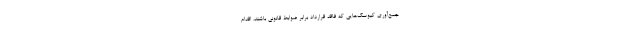
جمع‌آوری کیوسک‌هایی که فاقد قرارداد برابر ضوابط قانونی باشند، اقدام